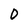
Character: D